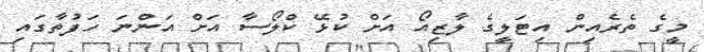
މީގެ ތެރެއިން އިޓަލީގެ ލާޒިއޯ އަށް ކުޅޭ ކްލޯސާ އަށް އަންނަ ހަފުތާގައި